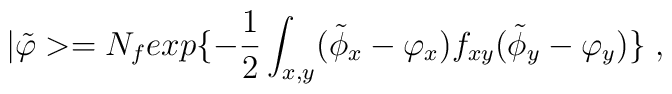
|\tilde{\varphi}> = N_fexp\{-{\frac {1}{2}}\int_{x,y}            (\tilde{\phi}_x - \varphi_x)f_{xy}(\tilde{\phi}_y - \varphi_y)\} \;,